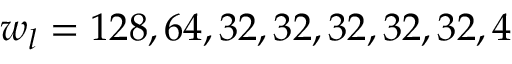
w _ { l } = 1 2 8 , 6 4 , 3 2 , 3 2 , 3 2 , 3 2 , 3 2 , 4